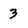
Character: 3